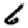
Digit: 6